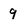
Character: 9